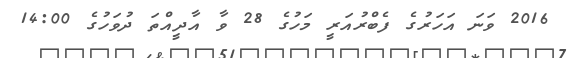
2016 ވަނަ އަހަރުގެ ފެބްރުއަރީ މަހުގެ 28 ވާ އާދީއްތަ ދުވަހުގެ 14:00